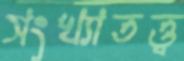
সংখ্যাতত্ত্ব